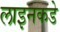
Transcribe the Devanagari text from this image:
लाइनकडे